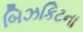
બિઝકિટના